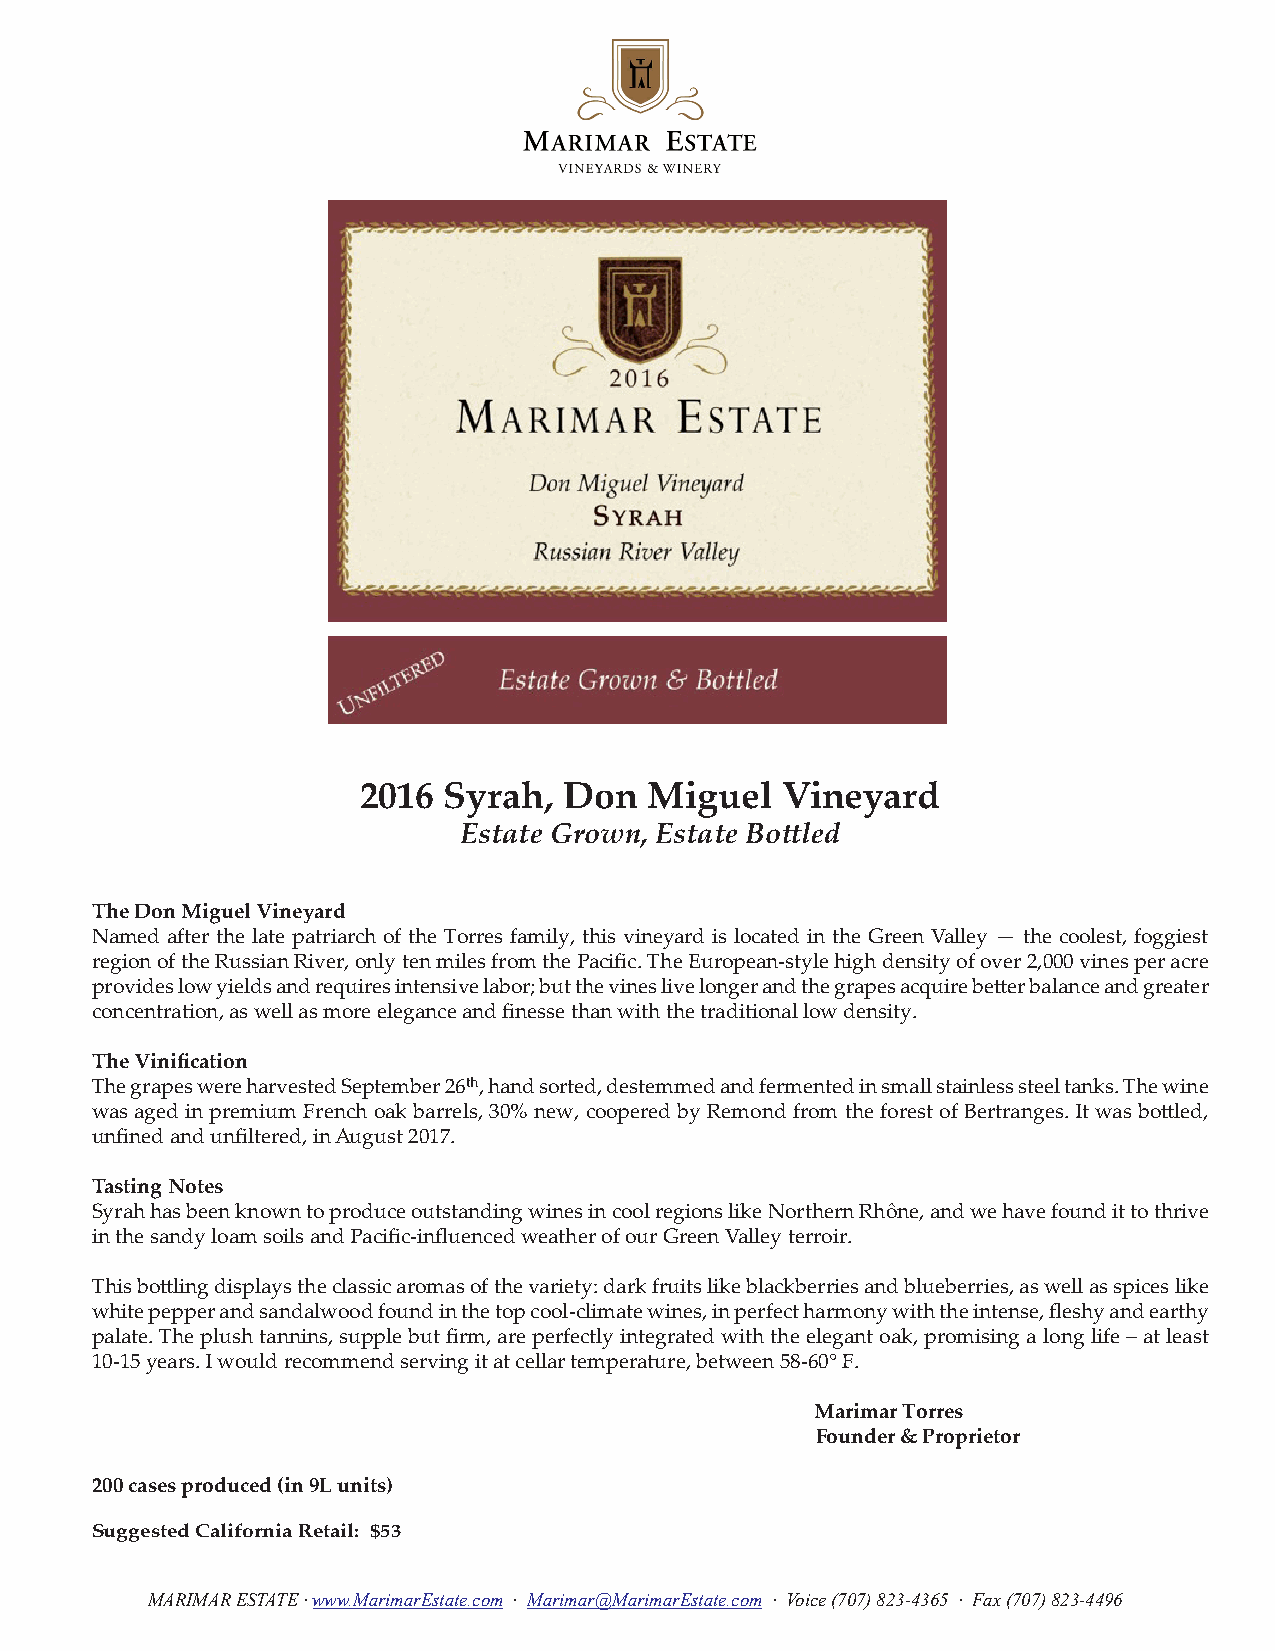
2016 Syrah,  Don   Miguel   Vineyard
 Estate Grown, Estate Bottled
 The Don Miguel Vineyard
 Named after the late patriarch of the Torres family, this vineyard is located in the Green Valley — the coolest, foggiest
 region of the Russian River, only ten miles from the Pacific. The European-style high density of over 2,000 vines per acre
 provides low yields and requires intensive labor; but the vines live longer and the grapes acquire better balance and greater
 concentration, as well as more elegance and finesse than with the traditional low density.
 The Vinification
 The grapes were harvested September 26th, hand sorted, destemmed and fermented in small stainless steel tanks. The wine
 was aged in premium French oak barrels, 30% new, coopered by Remond from the forest of Bertranges. It was bottled,
 unfined and unfiltered, in August 2017.
 Tasting Notes
 Syrah has been known to produce outstanding wines in cool regions like Northern Rhône, and we have found it to thrive
 in the sandy loam soils and Pacific-influenced weather of our Green Valley terroir.
 This bottling displays the classic aromas of the variety: dark fruits like blackberries and blueberries, as well as spices like
 white pepper and sandalwood found in the top cool-climate wines, in perfect harmony with the intense, fleshy and earthy
 palate. The plush tannins, supple but firm, are perfectly integrated with the elegant oak, promising a long life – at least
 10-15 years. I would recommend serving it at cellar temperature, between 58-60° F.
 Marimar Torres
 Founder & Proprietor
 200 cases produced (in 9L units)
 Suggested California Retail: $53
 MARIMAR ESTATE · www.MarimarEstate.com · Marimar@MarimarEstate.com · Voice (707) 823-4365 · Fax (707) 823-4496